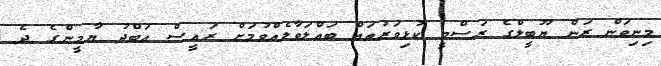
މިނިވަން ރަން ޔޫބީލްގެ ރަސްމީ ކުޅިވަރުތައް ބައްލަވާލެއްވުމަށް ރައީސް އަބްދު ޔާމީންގެ ދެ